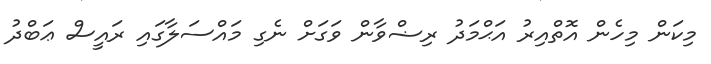
މިކަން މިހެން އޮތްއިރު އަޙްމަދު ރިޟްވާން ވަގަށް ނެގި މައްސަލާގައި ރައީސް ޢަބްދު